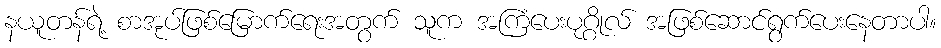
နယူတန်ရဲ့ စာအုပ်ဖြစ်မြောက်ရေးအတွက် သူက အကြံပေးပုဂ္ဂိုလ် အဖြစ်ဆောင်ရွက်ပေးနေတာပါ။